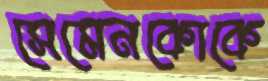
সেমেনকোকে